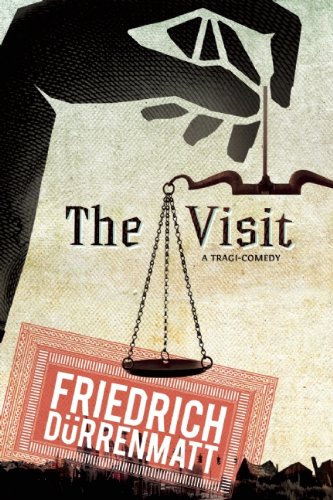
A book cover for The Visit; Friedrich Durrenmatt; Literature & Fiction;